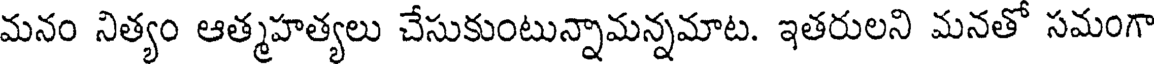
మనం నిత్యం ఆత్మహత్యలు చేసుకుంటున్నామన్నమాట. ఇతరులని మనతో సమంగా